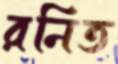
রনিত